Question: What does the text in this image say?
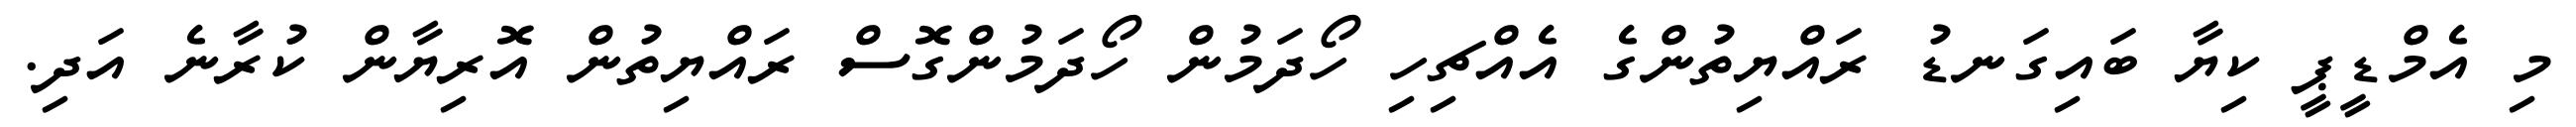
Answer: މި އެމްޑީޕީ ކިޔާ ބައިގަނޑު ރައްޔިތުންގެ އެއްޗިހި ހޯދަމުން ހޯދަމުންގޮސް ރައްޔިތުން އޮރިޔާން ކުރާނެ އަދި.